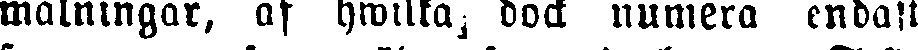
mätningar, af hwilta, dock numera endast